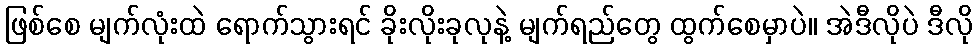
ဖြစ်စေ မျက်လုံးထဲ ရောက်သွားရင် ခိုးလိုးခုလုနဲ့ မျက်ရည်တွေ ထွက်စေမှာပဲ။ အဲဒီလိုပဲ ဒီလို